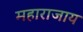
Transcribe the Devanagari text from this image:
महाराजाय